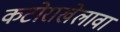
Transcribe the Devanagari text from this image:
कटोराखेलावा